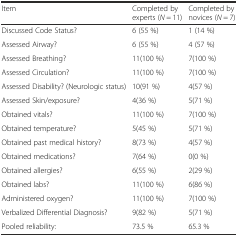
<table><thead><tr><td><b>Item</b></td><td><b>Completed by experts (<i>N</i> = 11)</b></td><td><b>Completed by novices (<i>N</i> = 7)</b></td></tr></thead><tbody><tr><td>Discussed Code Status?</td><td>6 (55 %)</td><td>1 (14 %)</td></tr><tr><td>Assessed Airway?</td><td>6 (55 %)</td><td>4 (57 %)</td></tr><tr><td>Assessed Breathing?</td><td>11(100 %)</td><td>7(100 %)</td></tr><tr><td>Assessed Circulation?</td><td>11(100 %)</td><td>7(100 %)</td></tr><tr><td>Assessed Disability? (Neurologic status)</td><td>10(91 %)</td><td>4(57 %)</td></tr><tr><td>Assessed Skin/exposure?</td><td>4(36 %)</td><td>5(71 %)</td></tr><tr><td>Obtained vitals?</td><td>11(100 %)</td><td>7(100 %)</td></tr><tr><td>Obtained temperature?</td><td>5(45 %)</td><td>5(71 %)</td></tr><tr><td>Obtained past medical history?</td><td>8(73 %)</td><td>4(57 %)</td></tr><tr><td>Obtained medications?</td><td>7(64 %)</td><td>0(0 %)</td></tr><tr><td>Obtained allergies?</td><td>6(55 %)</td><td>2(29 %)</td></tr><tr><td>Obtained labs?</td><td>11(100 %)</td><td>6(86 %)</td></tr><tr><td>Administered oxygen?</td><td>11(100 %)</td><td>7(100 %)</td></tr><tr><td>Verbalized Differential Diagnosis?</td><td>9(82 %)</td><td>5(71 %)</td></tr><tr><td>Pooled reliability:</td><td>73.5 %</td><td>65.3 %</td></tr></tbody></table>